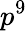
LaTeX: p^{9}